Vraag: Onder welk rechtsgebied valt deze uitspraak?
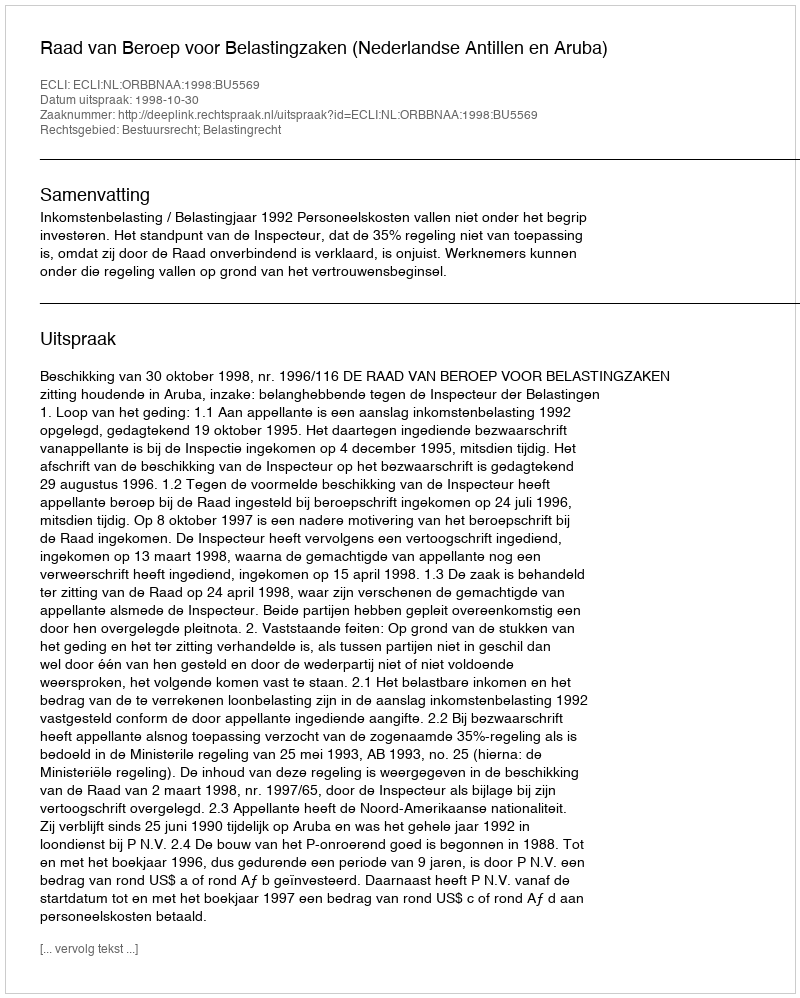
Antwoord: Bestuursrecht; Belastingrecht